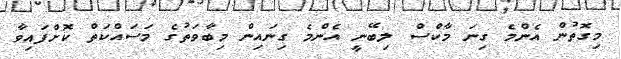
މިގޮތުން އެންމެ ގިނަ މާކްސް ލިބޭނީ އެންމެ ގިނައިން މިބާވަތުގެ މަސައްކަތް ކޮށްފައިވާ